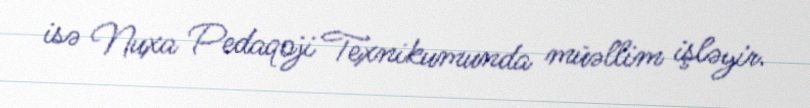
isə Nuxa Pedaqoji Texnikumunda müəllim işləyir.